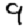
Digit: 9